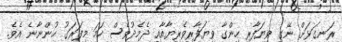
ރަނގަޅަށް ނޭގި ވިޔަފާރި ހިންގާ ވިޔަފާރިވެރިޔާއާއި ދެމެދުވެސް ހަމަ މިފަރަގު ހުންނާނެ އެވެ.